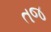
તજ